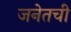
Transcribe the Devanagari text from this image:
जनेतची